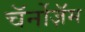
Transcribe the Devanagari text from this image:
चॅर्नोज़ॅम